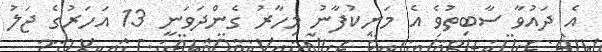
އެ ދައުވާ ސާބިތުވެ އެ މަނިކުފާނު މިހާރު ގެންދަވަނީ 13 އަހަރުގެ ޖަލު